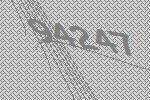
94247